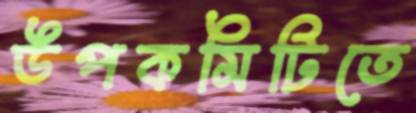
উপকমিটিতে